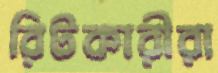
রিটকারীরা